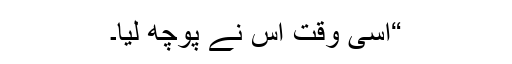
“اُسی وقت اُس نے پوچھ لیا۔